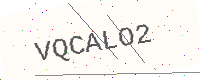
Text: VQCALO2